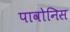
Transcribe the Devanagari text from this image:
पावोनिस